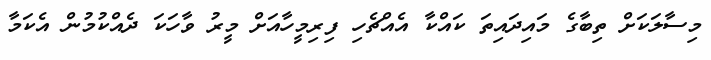
މިސާލަކަށް ތިބާގެ މައިދައިތަ ކައްކާ އެއްޗެހި ފިރިމީހާއަށް މީރު ވާހަކަ ދެއްކުމުން އެކަމާ